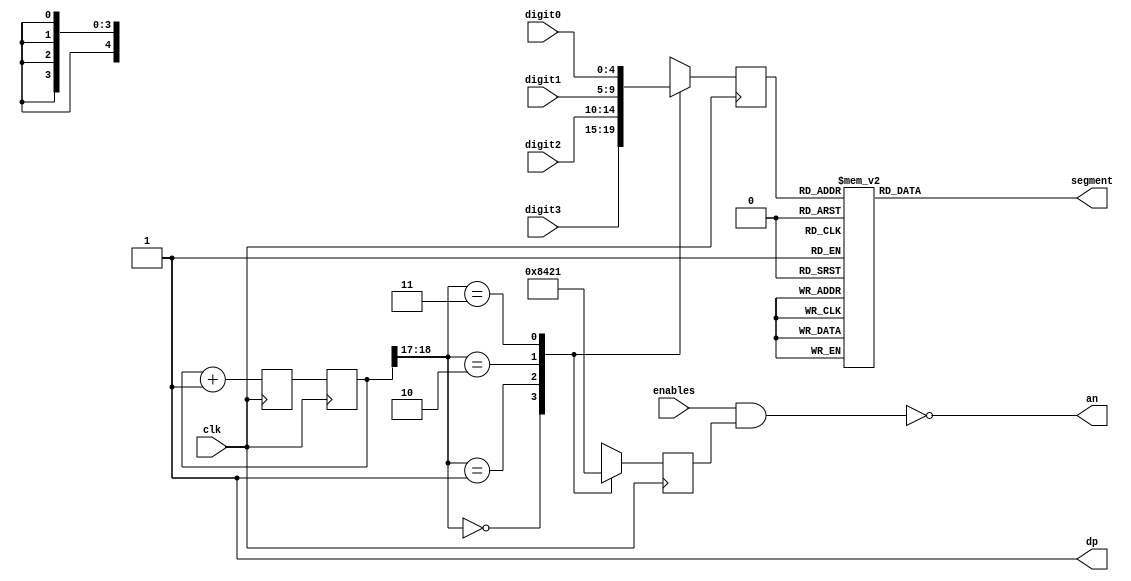
`timescale 1ns / 1ps
//////////////////////////////////////////////////////////////////////////////////
// Company: 
// Engineer: 
// 
// Design Name: 
// Module Name: DisplayControl
// Project Name: Songs
// Target Devices: 
// Tool Versions: 
// Description: 
// 
// Dependencies: 
// 
// Revision:
// Revision 0.01 - File Created
// Additional Comments:
// 
//////////////////////////////////////////////////////////////////////////////////


module DisplayControl(
    input  wire	 clk,
    input  wire [3:0] enables,
    input  wire [4:0] digit3, digit2, digit1, digit0,
    output wire [3:0] an,
    output wire [6:0] segment,
    output wire dp
    );
    
    reg [4:0] current_digit;
    reg [3:0] cur_dig_AN;
    reg [6:0] segments;
    
    assign an = ~(enables & cur_dig_AN);// AN signals are active low,       
    assign dp = 1;      
                            
    reg [18:0] count, nextcount;
    
    always @(posedge clk)
         count <= nextcount;
    
    always @(posedge clk)
        nextcount = count + 1;
        
    always @(posedge clk)
      case (count[18:17])
        2'b00: begin current_digit = digit3; cur_dig_AN = 4'b1000; end  
        2'b01: begin current_digit = digit2; cur_dig_AN = 4'b0100; end
        2'b10: begin current_digit = digit1; cur_dig_AN = 4'b0010; end
        2'b11: begin current_digit = digit0; cur_dig_AN = 4'b0001; end
    endcase  
    
    always @(current_digit)
      case (current_digit)
//7 segment individual cathodes ABCDEFG
        5'b00000: segments = 7'b0000001;   //0
        5'b00001: segments = 7'b1001111;   //1
        5'b00010: segments = 7'b0100100;   //2
        5'b00011: segments = 7'b0000110;   //3
        5'b00100: segments = 7'b1001100;   //4
        5'b00101: segments = 7'b0010010;   //5 
        5'b00110: segments = 7'b0100000;   //6
        5'b00111: segments = 7'b0001111;   //7
        5'b01000: segments = 7'b0000000;   //8
        5'b01001: segments = 7'b0000100;   //9
        5'b01010: segments = 7'b0001000;   //A
        5'b01011: segments = 7'b1100000;   //B
        5'b01100: segments = 7'b1000110;   //C b0110001
        5'b01101: segments = 7'b1000010;   //d
        5'b01110: segments = 7'b0000110;   //E
        5'b01111: segments = 7'b0001110;   //F 1000111
        5'b10000: segments = 7'b0100001;   //G
        5'b10001: segments = 7'b1001000;   //H
        default: segments= 7'b1111111; //ERROR
    endcase   
    assign segment=segments; 
endmodule